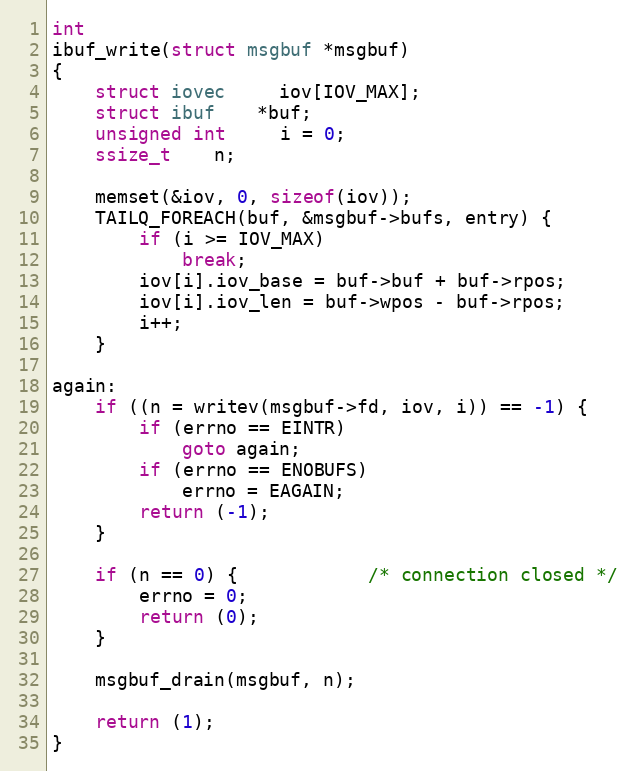
Language: C
int
ibuf_write(struct msgbuf *msgbuf)
{
	struct iovec	 iov[IOV_MAX];
	struct ibuf	*buf;
	unsigned int	 i = 0;
	ssize_t	n;

	memset(&iov, 0, sizeof(iov));
	TAILQ_FOREACH(buf, &msgbuf->bufs, entry) {
		if (i >= IOV_MAX)
			break;
		iov[i].iov_base = buf->buf + buf->rpos;
		iov[i].iov_len = buf->wpos - buf->rpos;
		i++;
	}

again:
	if ((n = writev(msgbuf->fd, iov, i)) == -1) {
		if (errno == EINTR)
			goto again;
		if (errno == ENOBUFS)
			errno = EAGAIN;
		return (-1);
	}

	if (n == 0) {			/* connection closed */
		errno = 0;
		return (0);
	}

	msgbuf_drain(msgbuf, n);

	return (1);
}